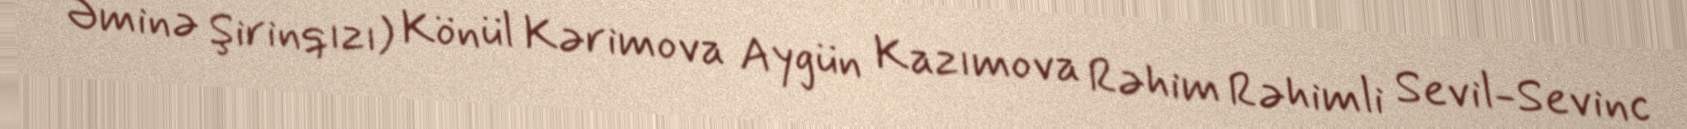
Əminə Şirinqızı) Könül Kərimova Aygün Kazımova Rəhim Rəhimli Sevil-Sevinc